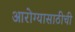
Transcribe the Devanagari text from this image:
आरोग्यासाठीची